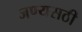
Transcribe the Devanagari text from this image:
जण्यसठी